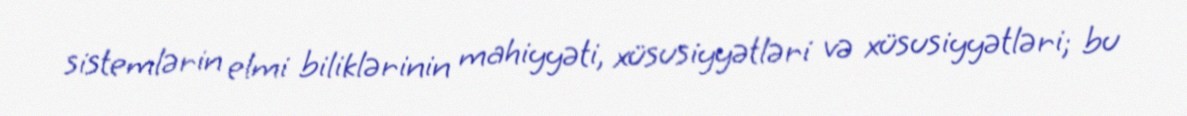
sistemlərin elmi biliklərinin mahiyyəti, xüsusiyyətləri və xüsusiyyətləri; bu